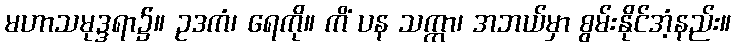
မဟာသမုဒ္ဒရာ၌။ ဥဒကံ၊ ရေကို။ ကိံ ပန သက္ကာ၊ အဘယ်မှာ စွမ်းနိုင်အံ့နည်း။